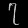
Digit: ၇